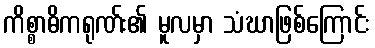
ကိစ္စာဓိကရုဏ်း၏ မူလမှာ သံဃာဖြစ်ကြောင်း